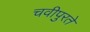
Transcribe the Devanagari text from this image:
चवीपुरते